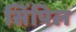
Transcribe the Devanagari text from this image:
सिंपिल